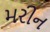
મરીન